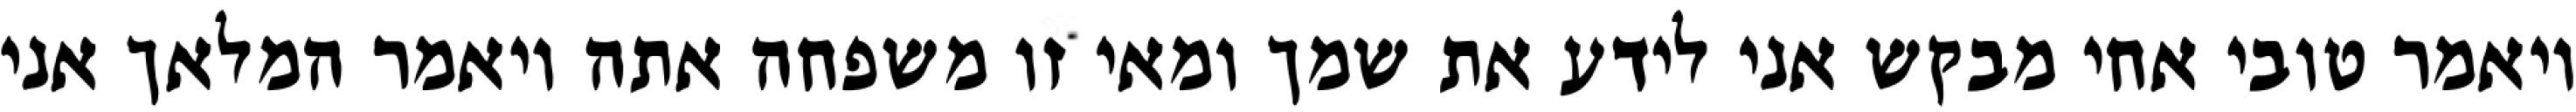
ויאמר טובי אחי מבקש אני לידע את שמך ומאי זו משפחה אתה ויאמר המלאך אני